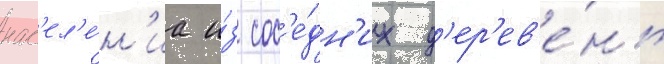
нас'ел'е́н'иа и́з сос'е́дн'их д'ер'ев'е́нь